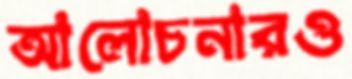
আলোচনারও